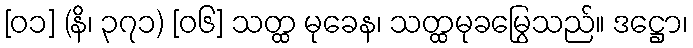
[၀၁] (နိ၊ ၃၇၁) [၀၆] သတ္ထ မုခေန၊ သတ္ထမုခမြွေသည်။ ဒဋ္ဌော၊